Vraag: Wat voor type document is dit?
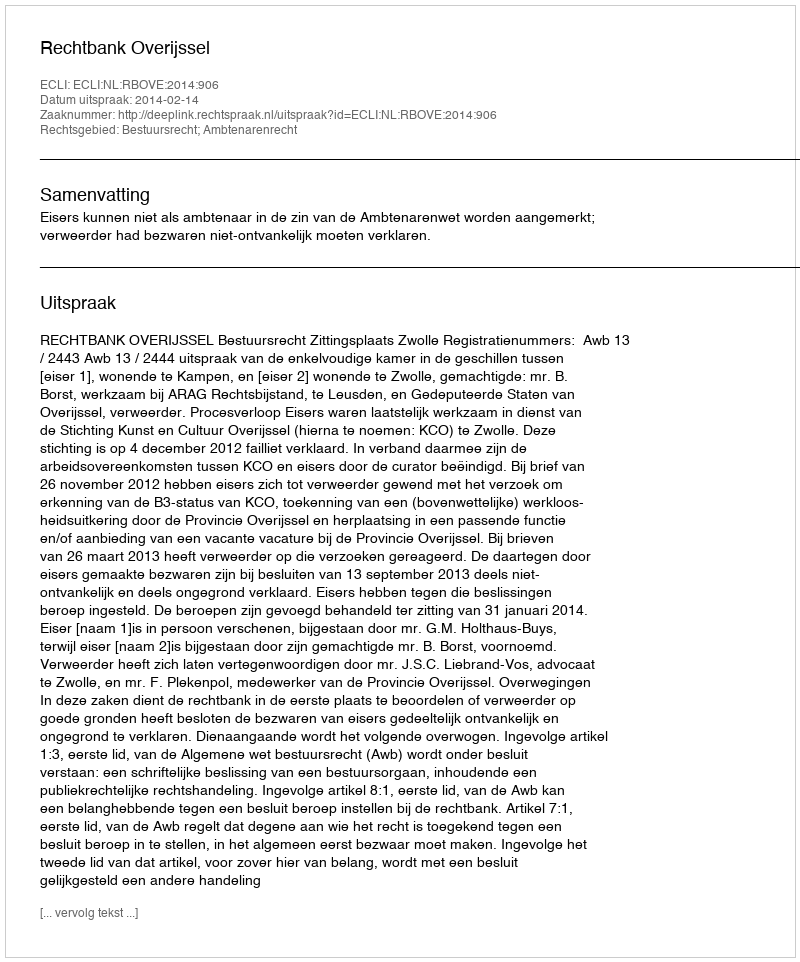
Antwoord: Uitspraak